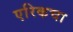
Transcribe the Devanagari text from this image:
एरिकचा